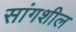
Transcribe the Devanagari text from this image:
सांगशील